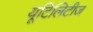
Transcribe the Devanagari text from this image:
यूटिलिटीज